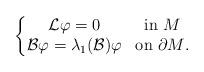
LaTeX: \begin{align*}\left\{\begin{matrix}\mathcal L\varphi= 0& \textrm{in $M$}\\\mathcal B\varphi=\lambda_1(\mathcal B)\varphi & \textrm{on $\partial M$.}\end{matrix}\right.\end{align*}